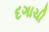
દગાચી